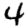
Digit: 4